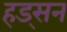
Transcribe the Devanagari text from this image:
हड्सन